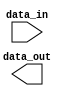
module io_buffer (
    input wire [7:0] data_in,
    output reg [7:0] data_out
);

always @(posedge clk) begin
    // Data processing logic goes here
    // Example: data_out <= data_in + 1;
end

endmodule